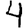
Digit: 4